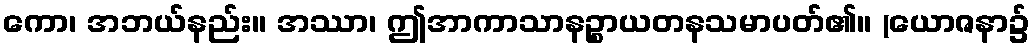
ကော၊ အဘယ်နည်း။ အဿာ၊ ဤအာကာသာနဉ္စာယတနသမာပတ်၏။ (ယောဇနာ၌